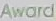
Award